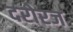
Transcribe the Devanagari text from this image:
दरोरज